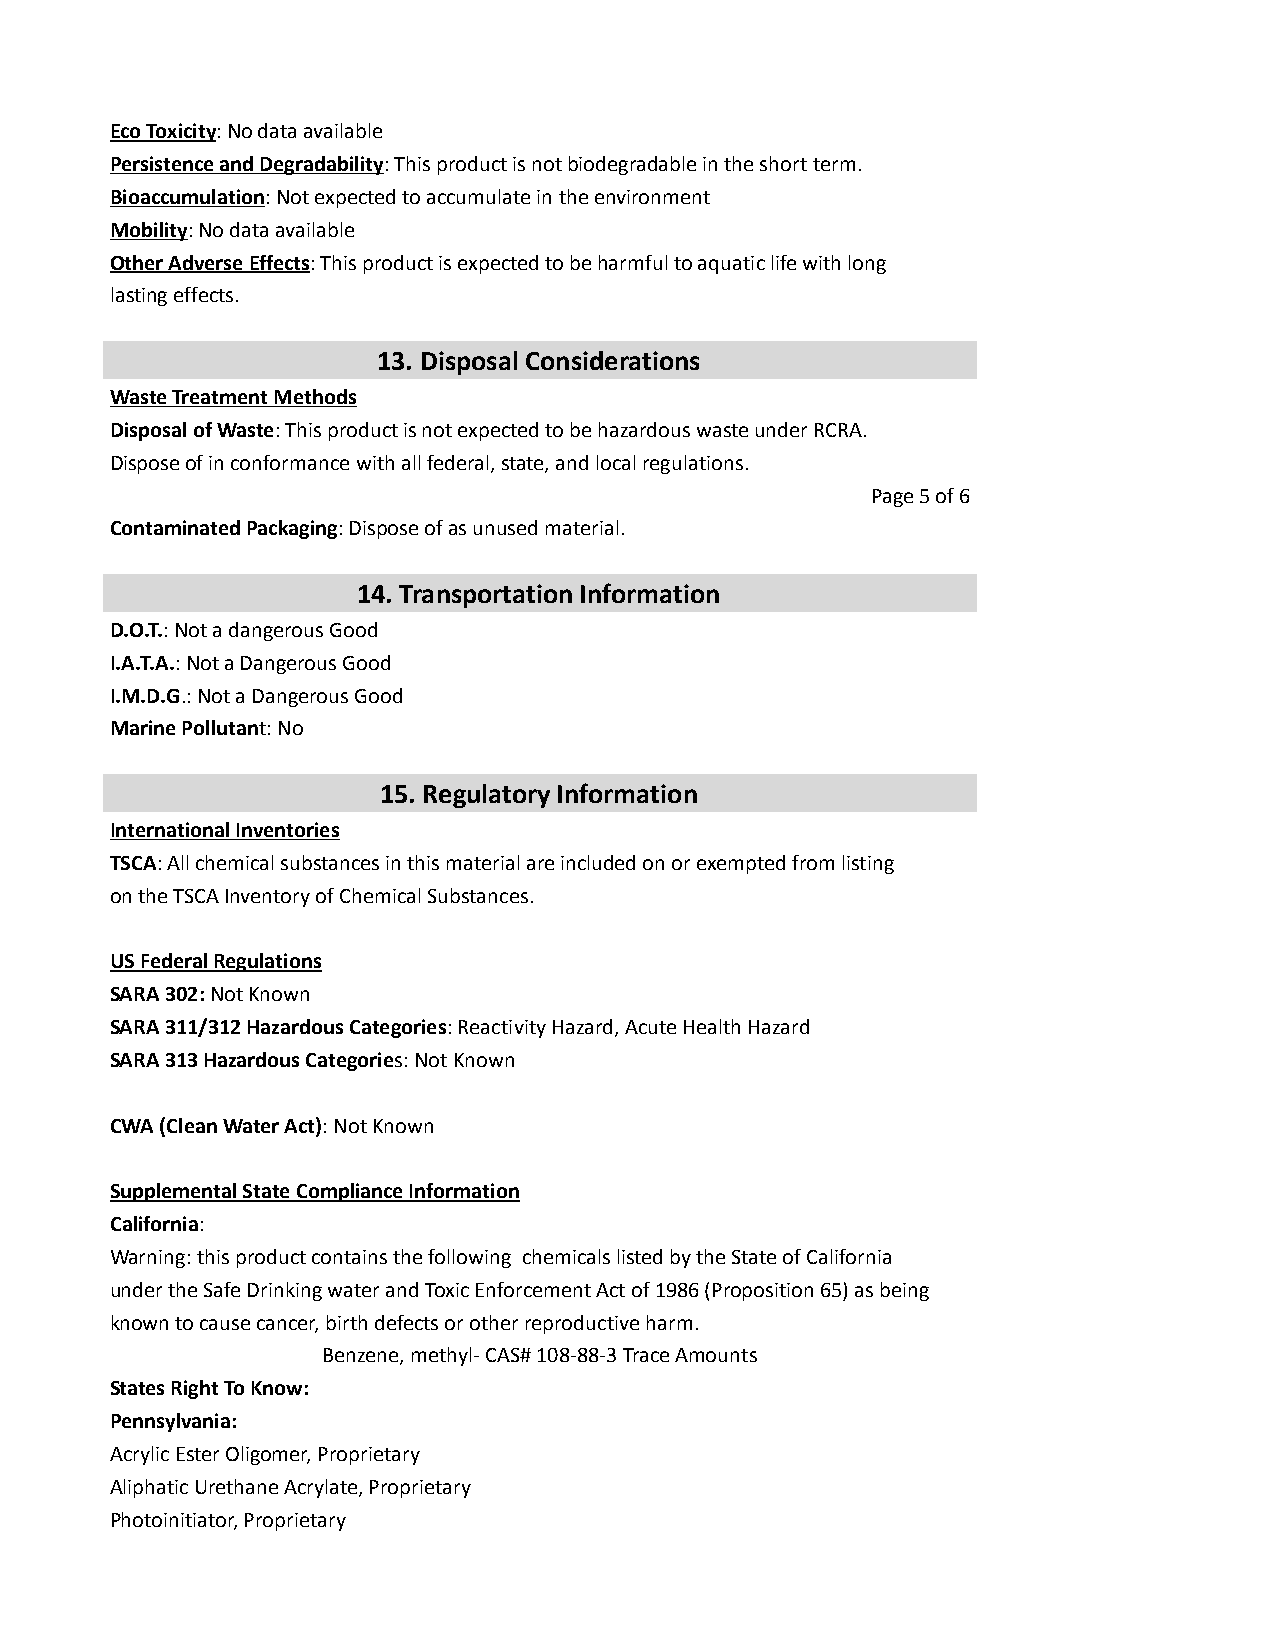
Eco Toxicity: No data available
 Persistence and Degradability: This product is not biodegradable in the short term.
 Bioaccumulation: Not expected to accumulate in the environment
 Mobility: No data available
 Other Adverse Effects: This product is expected to be harmful to aquatic life with long
 lasting effects.
 13. Disposal Considerations
 Waste Treatment Methods
 Disposal of Waste: This product is not expected to be hazardous waste under RCRA.
 Dispose of in conformance with all federal, state, and local regulations.
 Page 5 of 6
 Contaminated Packaging: Dispose of as unused material.
 14. Transportation Information
 D.O.T.: Not a dangerous Good
 I.A.T.A.: Not a Dangerous Good
 I.M.D.G.: Not a Dangerous Good
 Marine Pollutant: No
 15. Regulatory Information
 International Inventories
 TSCA: All chemical substances in this material are included on or exempted from listing
 on the TSCA Inventory of Chemical Substances.
 US Federal Regulations
 SARA 302: Not Known
 SARA 311/312 Hazardous Categories: Reactivity Hazard, Acute Health Hazard
 SARA 313 Hazardous Categories: Not Known
 CWA (Clean Water Act): Not Known
 Supplemental State Compliance Information
 California:
 Warning: this product contains the following chemicals listed by the State of California
 under the Safe Drinking water and Toxic Enforcement Act of 1986 (Proposition 65) as being
 known to cause cancer, birth defects or other reproductive harm.
 Benzene, methyl- CAS# 108-88-3 Trace Amounts
 States Right To Know:
 Pennsylvania:
 Acrylic Ester Oligomer, Proprietary
 Aliphatic Urethane Acrylate, Proprietary
 Photoinitiator, Proprietary